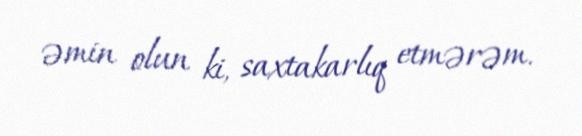
əmin olun ki, saxtakarlıq etmərəm.